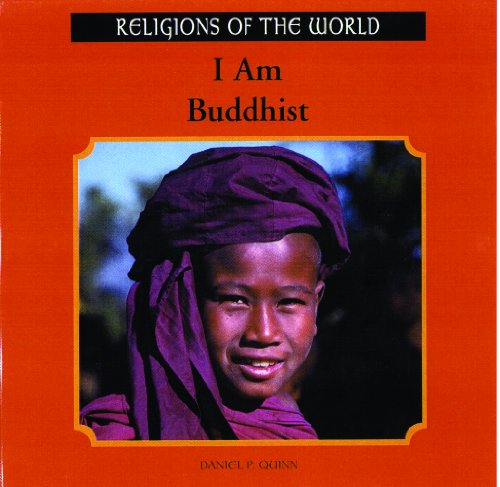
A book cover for I Am Buddhist (Religions of the World (Powerkids)); Daniel P. Quinn; Children's Books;